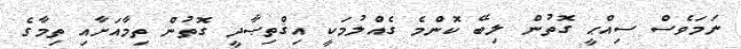
ނަމަވެސް ސިއްޙީ ގޮތުން ލިބޭ ކޮންމެ ގެއްލުމަކީ އިޤްތިޞާދީ ގޮތުން ތިމާއަށާއި ތިމާގެ